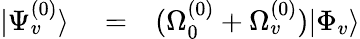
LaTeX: \begin{array}{rlr}{|\Psi_{v}^{(0)}\rangle}&{{}=}&{(\Omega_{0}^{(0)}+\Omega_{v}^{(0)})|\Phi_{v}\rangle}\end{array}